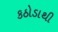
કઠોડાથી